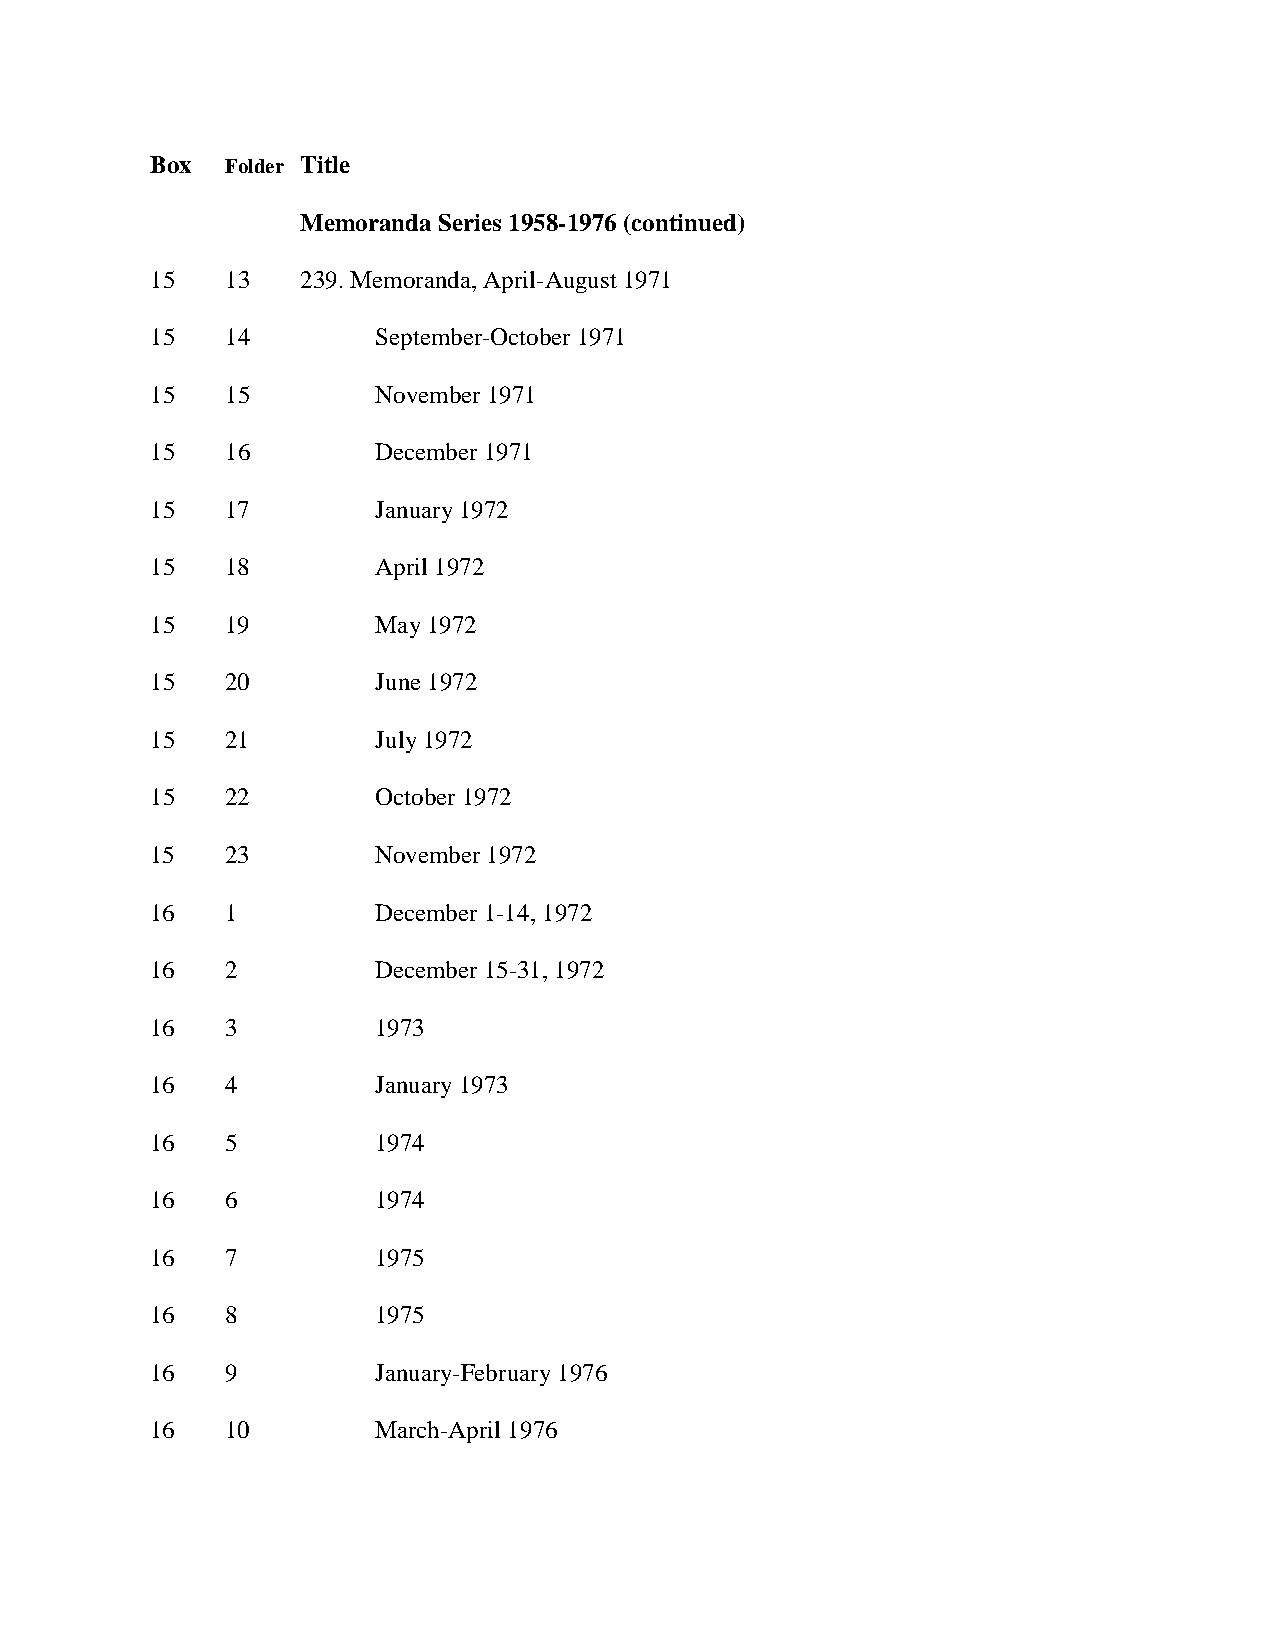
Box  Folder Title
 Memoranda Series 1958-1976 (continued)
 15   13   239. Memoranda, April-August 1971
 15   14        September-October 1971
 15   15        November 1971
 15   16        December 1971
 15   17        January 1972
 15   18        April 1972
 15   19        May 1972
 15   20        June 1972
 15   21        July 1972
 15   22        October 1972
 15   23        November 1972
 16   1         December 1-14, 1972
 16   2         December 15-31, 1972
 16   3         1973
 16   4         January 1973
 16   5         1974
 16   6         1974
 16   7         1975
 16   8         1975
 16   9         January-February 1976
 16   10        March-April 1976